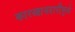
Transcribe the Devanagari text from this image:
कारखानदारीमुळे